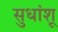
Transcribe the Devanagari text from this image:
सुधांशू